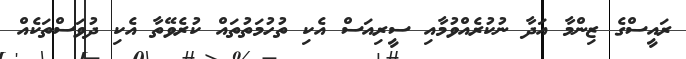
ރައީސްގެ ޒިންމާ އަދާ ނުކުރެއްވުމާއި ސީރިއަސް އެކި ތުހުމަތުތައް ކުރެވޭތާ އެކި ދުވަސްތަކެއް